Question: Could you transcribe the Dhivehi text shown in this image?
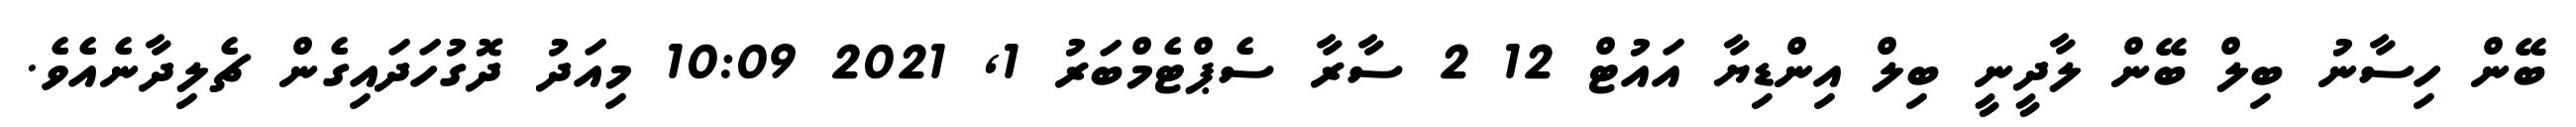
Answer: ބޭން ހިސާނު ބިލް ބޭން ލާދީނީ ބިލް އިންޑިޔާ އައުޓް 12 2 ސާރާ ސެޕްޓެމްބަރު 1, 2021 10:09 މިއަދު ދޮގުހަދައިގެން ޗެލިދާނެއެވެ.